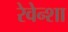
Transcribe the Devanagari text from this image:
रेवेन्शा